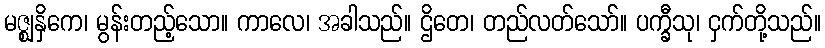
မဇ္ဈနှိကေ၊ မွန်းတည့်သော။ ကာလေ၊ အခါသည်။ ဌိတေ၊ တည်လတ်သော်။ ပက္ခီသု၊ ငှက်တို့သည်။